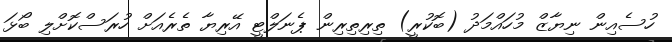
ހުސެއިން ނިޔާޒް މުހައްމަދު (ބޮކުރީ) ތިރިތިރިން ޕެނަލްޓީ އޭރިޔާ ތެރެއަށް ހުރަސްކޮށްލި ބޯޅަ